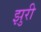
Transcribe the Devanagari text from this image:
झुरी